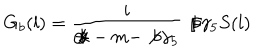
LaTeX: G _ { b } ( l ) = \frac { i } { \not { k } - m - \not { b } \gamma _ { 5 } } \not { b } \gamma _ { 5 } S ( l )